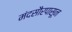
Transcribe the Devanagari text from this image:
मंदसौरपासून